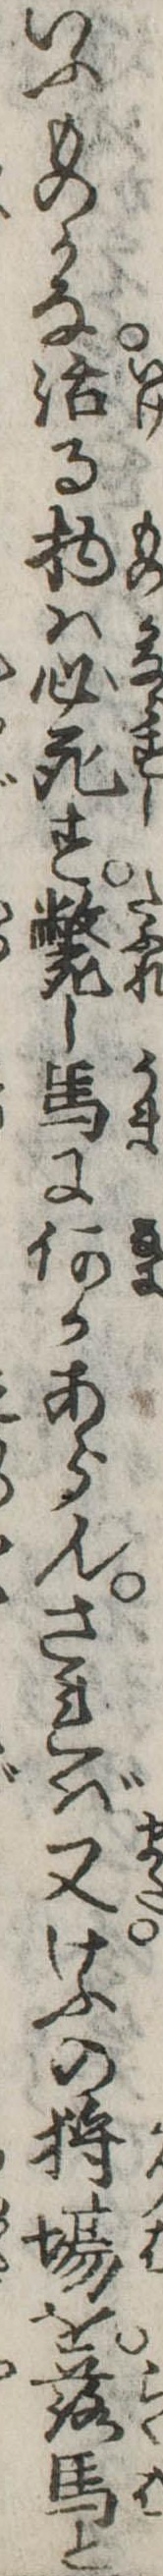
いふものかな活る物は必死す斃し馬に何かあらんされば又けふの場を落馬と